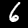
Label: 6